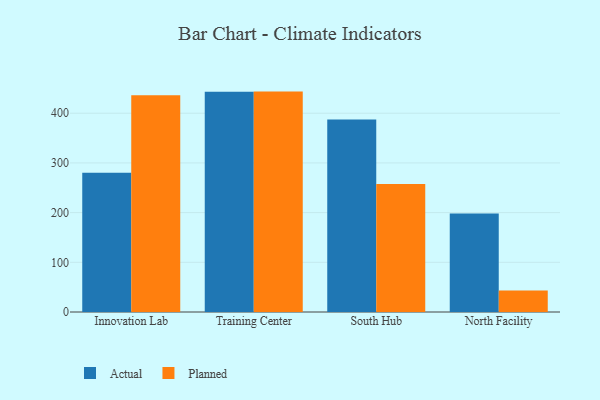
{"axis": {"x": "Campus", "y": "Gross Profit (USD K)"}, "legend": ["Actual", "Planned"], "data": [{"x": "Innovation Lab", "y": 280.3, "type": "Actual"}, {"x": "Innovation Lab", "y": 436.2, "type": "Planned"}, {"x": "Training Center", "y": 443.4, "type": "Actual"}, {"x": "Training Center", "y": 443.5, "type": "Planned"}, {"x": "South Hub", "y": 387.5, "type": "Actual"}, {"x": "South Hub", "y": 257.4, "type": "Planned"}, {"x": "North Facility", "y": 198.2, "type": "Actual"}, {"x": "North Facility", "y": 43.4, "type": "Planned"}]}